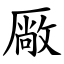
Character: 厰